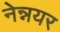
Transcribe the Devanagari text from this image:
नेन्नयर